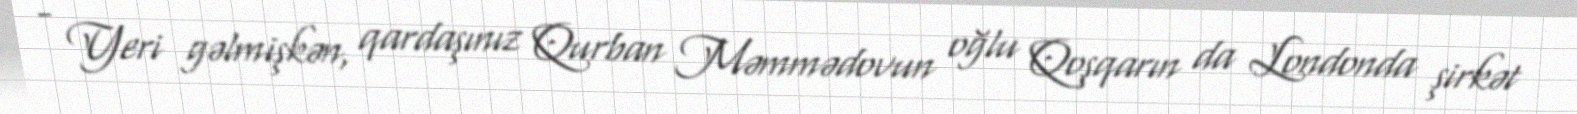
- Yeri gəlmişkən, qardaşınız Qurban Məmmədovun oğlu Qoşqarın da Londonda şirkət